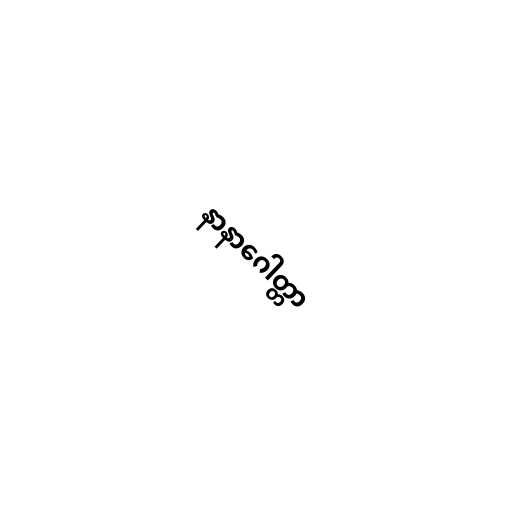
နာနာဂေါတ္တာ